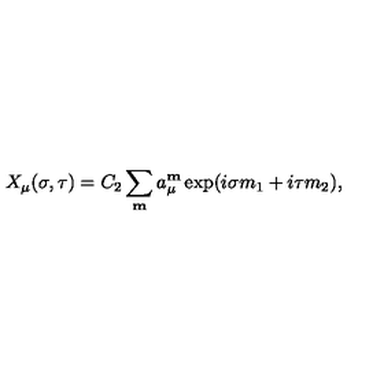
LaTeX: X _ { \mu } ( \sigma , \tau ) = C _ { 2 } \sum _ { \bf m } a _ { \mu } ^ { \bf m } \exp ( i \sigma m _ { 1 } + i \tau m _ { 2 } ) ,